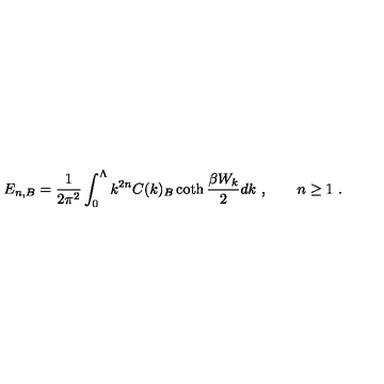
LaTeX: E _ { n , B } = \frac 1 { 2 \pi ^ { 2 } } \int _ { 0 } ^ { \Lambda } k ^ { 2 n } C ( k ) _ { B } \coth \frac { \beta W _ { k } } 2 d k \ , \qquad n \ge 1 \ .